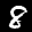
Label: 8